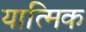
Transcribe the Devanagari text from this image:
यात्मिक